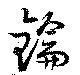
鑰